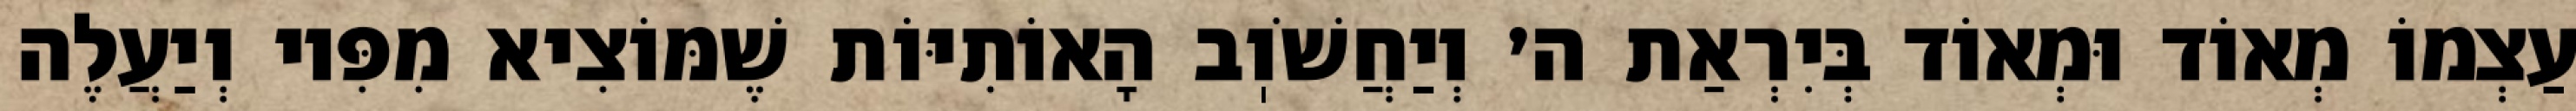
עַצְמוֹ מְאוֹד וּמְאוֹד בְּיִרְאַת ה׳ וְיַחֲשֹׁוֽב הָאוֹתִיּוֹת שֶׁמּוֹצִיא מִפִּיו וְיַעֲלֶה